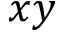
x y